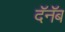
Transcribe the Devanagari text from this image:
दॅनॅब